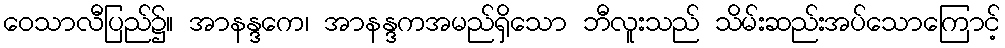
ဝေသာလီပြည်၌။ အာနန္ဒကေ၊ အာနန္ဒကအမည်ရှိသော ဘီလူးသည် သိမ်းဆည်းအပ်သောကြောင့်